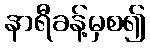
နာရီခန့်မှစ၍